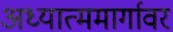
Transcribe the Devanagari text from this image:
अध्यात्ममार्गावर